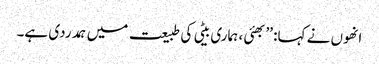
انھوں نے کہا: ’’بھئی ، ہماری بیٹی کی طبیعت میں ہمدردی ہے۔